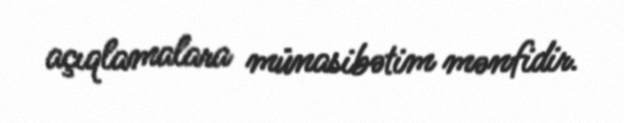
açıqlamalara münasibətim mənfidir.